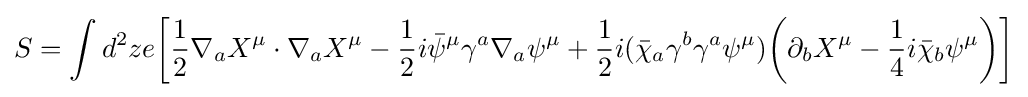
S=\int d^{2}ze{\bigg [}{\frac {1}{2}}\nabla _{a}X^{\mu }\cdot \nabla _{a}X^{\mu }-{\frac {1}{2}}i{\bar {\psi }}^{\mu }\gamma ^{a}\nabla _{a}\psi ^{\mu }+{\frac {1}{2}}i({\bar {\chi }}_{a}\gamma ^{b}\gamma ^{a}\psi ^{\mu }){\bigg (}\partial _{b}X^{\mu }-{\frac {1}{4}}i{\bar {\chi }}_{b}\psi ^{\mu }{\bigg )}{\bigg ]}